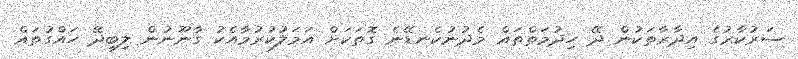
ސަރުކާރުގެ އިދާރާތަކުން ދޭ ހިދުމަތްތައް މެދުނުކެނޑޭނެ ގޮތަކަށް އަމަލުކުރުމާއެކު ގާނޫނުން ލިބިދޭ ހައްގުތައް